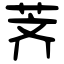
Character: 荠